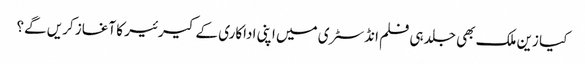
کیا زین ملک بھی جلد ہی فلم انڈسٹری میں اپنی اداکاری کے کیرئیر کا آغاز کریں گے؟